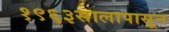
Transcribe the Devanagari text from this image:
१९६३सालापासून